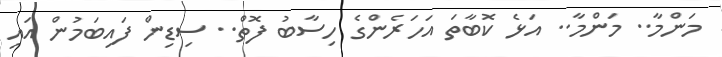
މަންމާ.. މަންމާ.. އަޅެ ކޮބާތަ އަހަރެންގެ ހިސާބު ފޮތް.. ސިޑިން ފައިބަމުން އައި